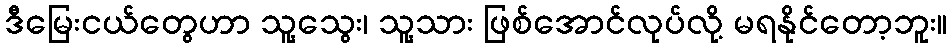
ဒီမြေးငယ်တွေဟာ သူ့သွေး၊ သူ့သား ဖြစ်အောင်လုပ်လို့ မရနိုင်တော့ဘူး။